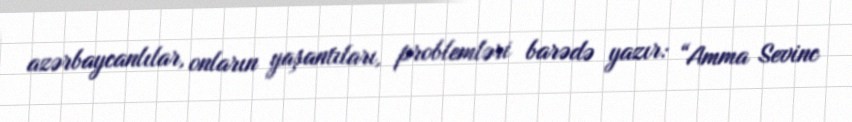
azərbaycanlılar, onların yaşantıları, problemləri barədə yazır: “Amma Sevinc